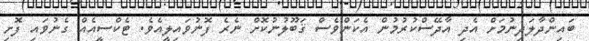
ބައިންދާލަދިނުމަށް އެދި އާދޭސްކުރުމުން އެކަންވެސް ޤަބޫލުނުކޮށް ނެރެ ފޮނުވައިލީއެވެ. ޓެކްސީއެއް ގެނުވައި ފޮށި